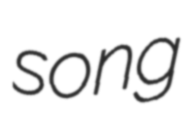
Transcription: song